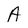
Character: A